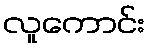
လူကောင်း